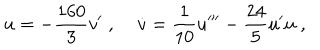
LaTeX: \dot { u } = - { \frac { 1 6 0 } { 3 } } v ^ { \prime } \; , \; \dot { v } = { \frac { 1 } { 1 0 } } u ^ { \prime \prime \prime } - { \frac { 2 4 } { 5 } } u ^ { \prime } u \; ,